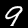
Label: 9